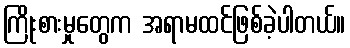
ကြိုးစားမှုတွေက အရာမထင်ဖြစ်ခဲ့ပါတယ်။